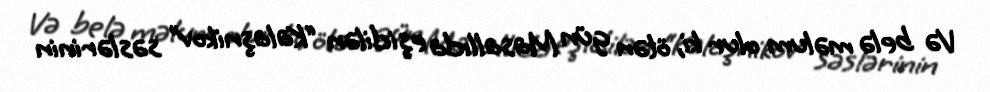
Və belə məlum olur ki, ötən gün Masallıda eşidilən “Kalaşnikov” səslərinin